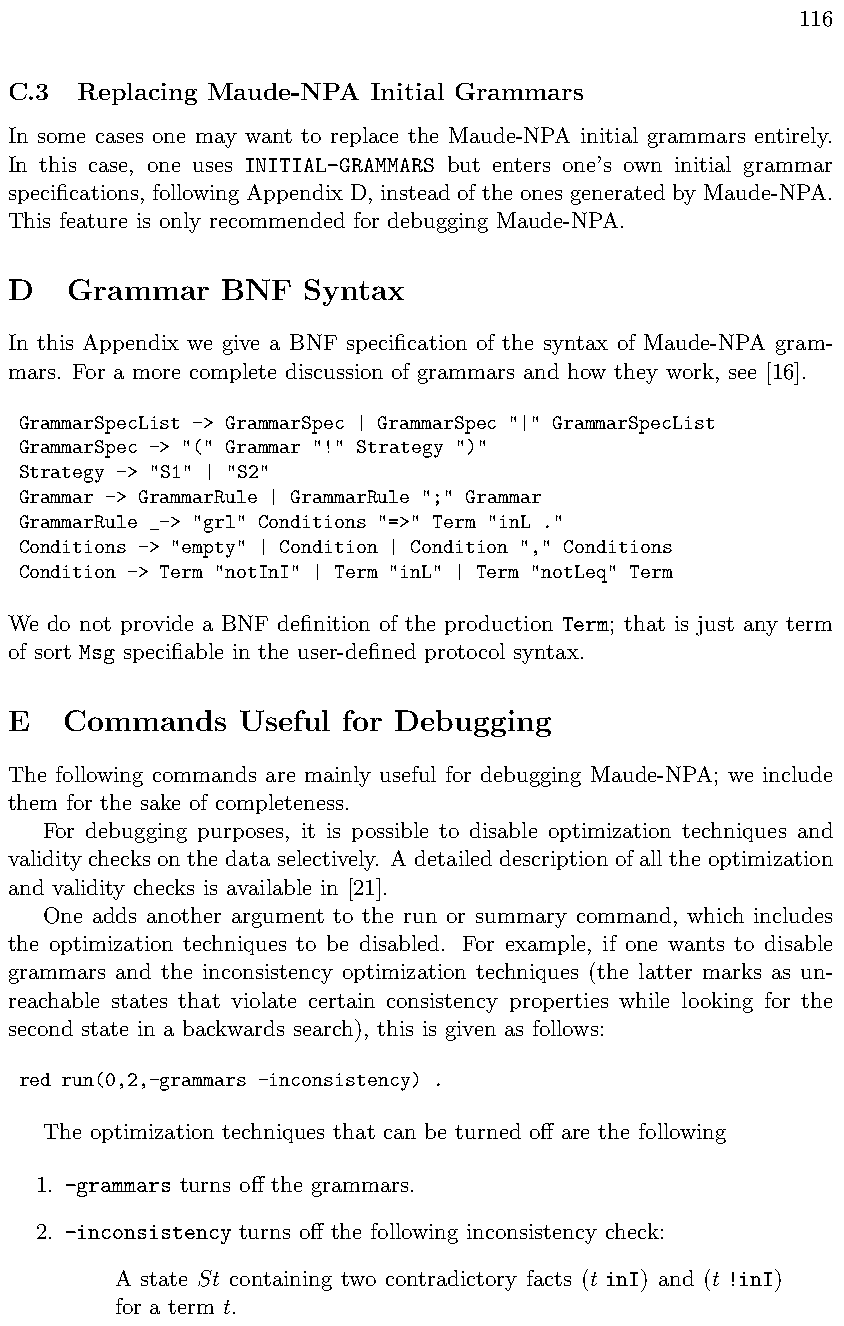
116
 C.3  Replacing Maude-NPA Initial Grammars
 In some cases one may want to replace the Maude-NPA initial grammars entirely.
 In this case, one uses INITIAL-GRAMMARS but enters one’s own initial grammar
 specifications, following Appendix D, instead of the ones generated by Maude-NPA.
 This feature is only recommended for debugging Maude-NPA.
 D   Grammar    BNF  Syntax
 In this Appendix we give a BNF specification of the syntax of Maude-NPA gram-
 mars. For a more complete discussion of grammars and how they work, see [16].
 GrammarSpecList -> GrammarSpec | GrammarSpec "|" GrammarSpecList
 GrammarSpec -> "(" Grammar "!" Strategy ")"
 Strategy -> "S1" | "S2"
 Grammar -> GrammarRule | GrammarRule ";" Grammar
 GrammarRule _-> "grl" Conditions "=>" Term "inL ."
 Conditions -> "empty" | Condition | Condition "," Conditions
 Condition -> Term "notInI" | Term "inL" | Term "notLeq" Term
 We do not provide a BNF definition of the production Term; that is just any term
 of sort Msg specifiable in the user-defined protocol syntax.
 E   Commands    Useful for Debugging
 The following commands are mainly useful for debugging Maude-NPA; we include
 them for the sake of completeness.
 For debugging purposes, it is possible to disable optimization techniques and
 validity checks on the data selectively. A detailed description of all the optimization
 and validity checks is available in [21].
 One adds another argument to the run or summary command, which includes
 the optimization techniques to be disabled. For example, if one wants to disable
 grammars and the inconsistency optimization techniques (the latter marks as un-
 reachable states that violate certain consistency properties while looking for the
 second state in a backwards search), this is given as follows:
 red run(0,2,-grammars -inconsistency) .
 The optimization techniques that can be turned o↵ are the following
 1. -grammars turns o↵ the grammars.
 2. -inconsistency turns o↵ the following inconsistency check:
 A state St containing two contradictory facts (t inI) and (t !inI)
 for a term t.